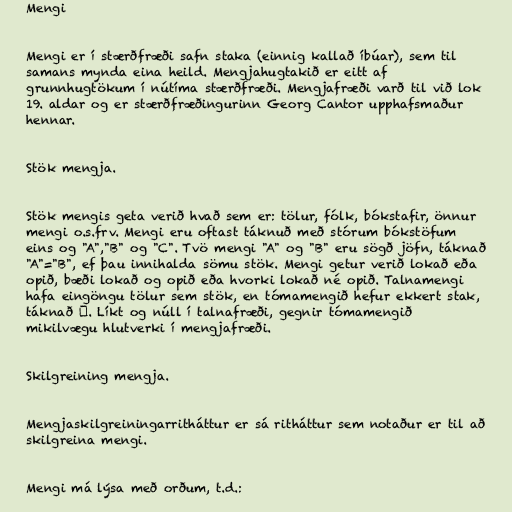
Mengi

Mengi er í stærðfræði safn staka (einnig kallað íbúar), sem til
samans mynda eina heild. Mengjahugtakið er eitt af
grunnhugtökum í nútíma stærðfræði. Mengjafræði varð til við lok
19. aldar og er stærðfræðingurinn Georg Cantor upphafsmaður
hennar.

Stök mengja.

Stök mengis geta verið hvað sem er: tölur, fólk, bókstafir, önnur
mengi o.s.frv. Mengi eru oftast táknuð með stórum bókstöfum
eins og "A","B" og "C". Tvö mengi "A" og "B" eru sögð jöfn, táknað
"A"="B", ef þau innihalda sömu stök. Mengi getur verið lokað eða
opið, bæði lokað og opið eða hvorki lokað né opið. Talnamengi
hafa eingöngu tölur sem stök, en tómamengið hefur ekkert stak,
táknað ∅. Líkt og núll í talnafræði, gegnir tómamengið
mikilvægu hlutverki í mengjafræði.

Skilgreining mengja.

Mengjaskilgreiningarritháttur er sá ritháttur sem notaður er til að
skilgreina mengi.

Mengi má lýsa með orðum, t.d.: